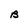
Character: B